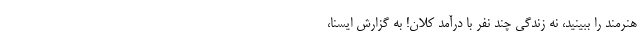
هنرمند را ببینید، نه زندگی چند نفر با درآمد کلان! به گزارش ایسنا،